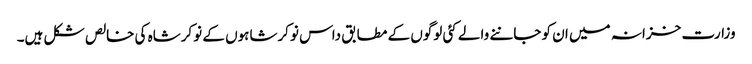
وزارت خزانہ میں ان کو جاننے والے کئی لوگوں کے مطابق داس نوکرشاہوں کے نوکرشاہ کی خالص شکل ہیں۔